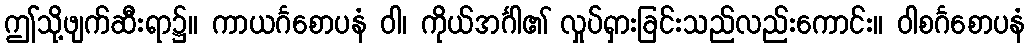
ဤသို့ဖျက်ဆီးရာ၌။ ကာယင်္ဂစောပနံ ဝါ၊ ကိုယ်အင်္ဂါ၏ လှုပ်ရှားခြင်းသည်လည်းကောင်း။ ဝါစင်္ဂစောပနံ